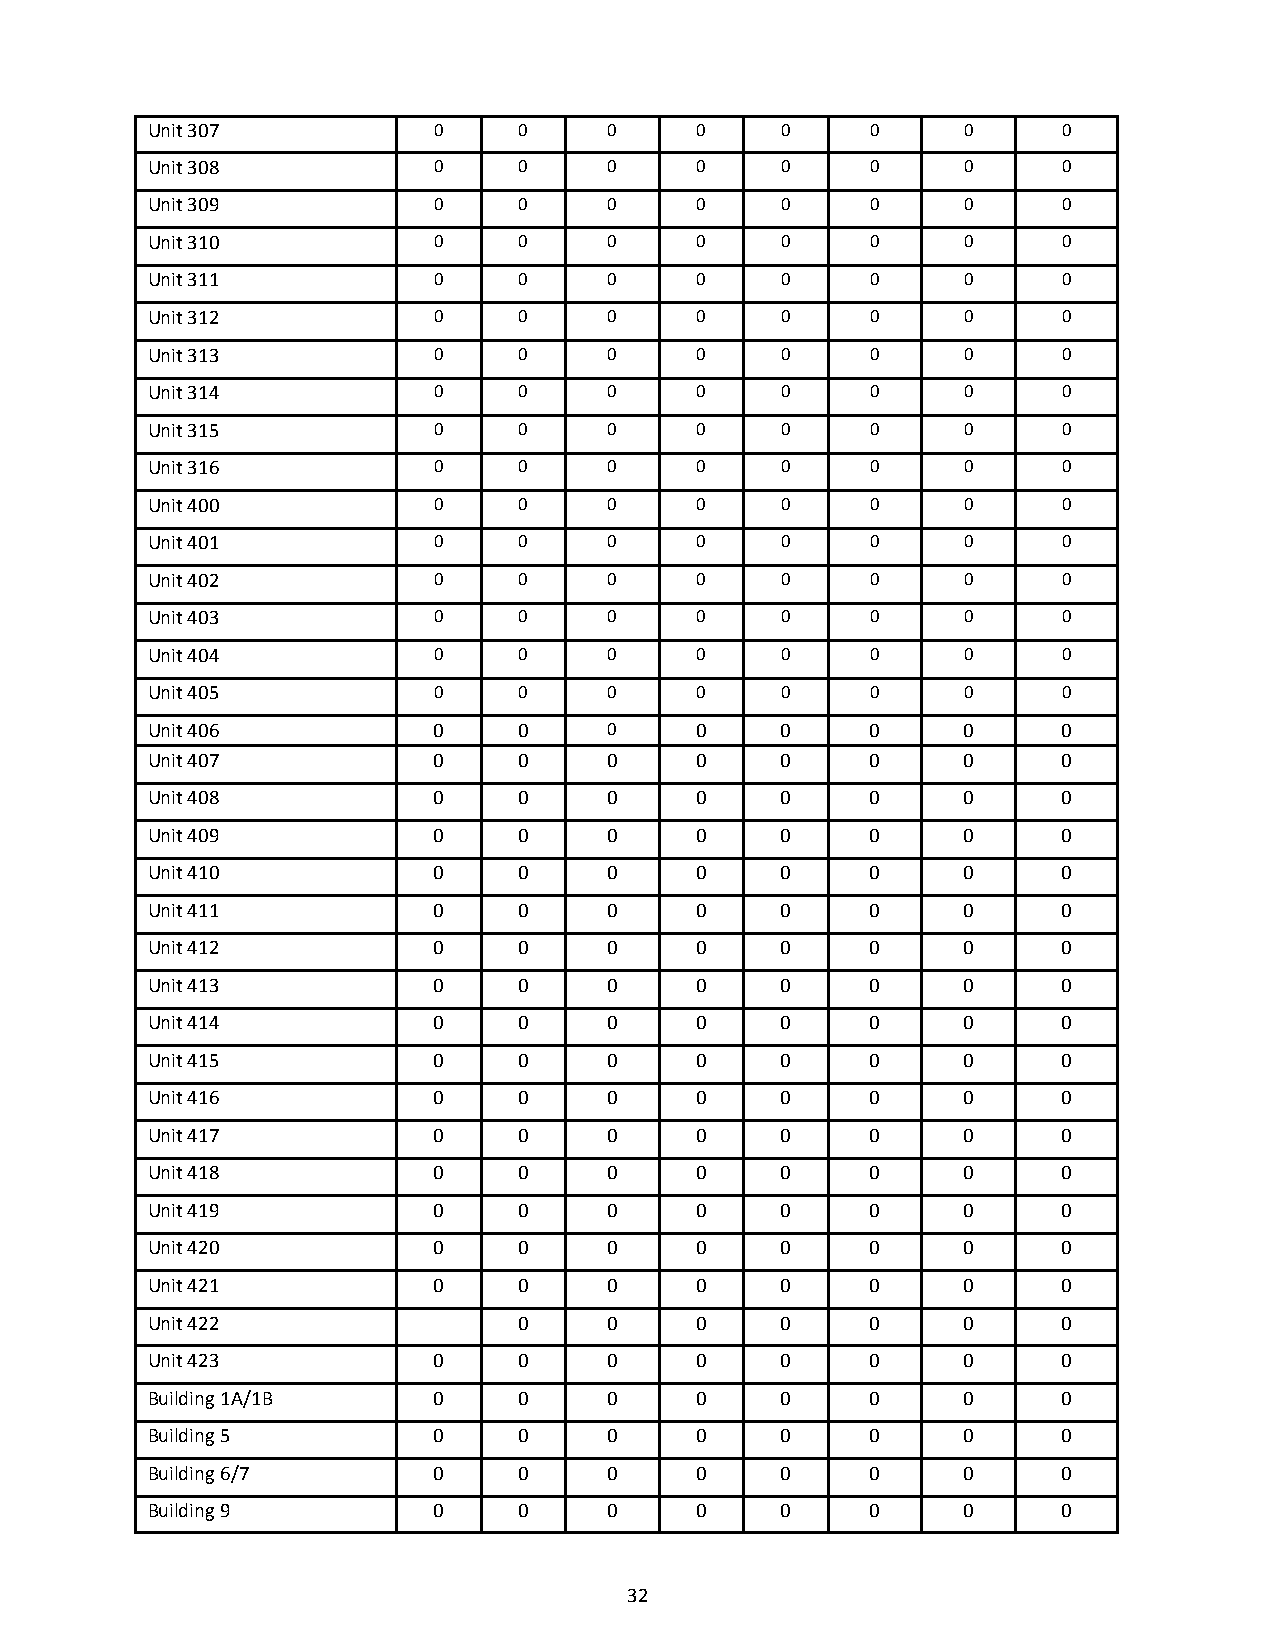
Unit 307           0    0     0     0     0     0     0     0
 Unit 308           0    0     0     0     0     0     0     0
 Unit 309           0    0     0     0     0     0     0     0
 Unit 310           0    0     0     0     0     0     0     0
 Unit 311           0    0     0     0     0     0     0     0
 Unit 312           0    0     0     0     0     0     0     0
 Unit 313           0    0     0     0     0     0     0     0
 Unit 314           0    0     0     0     0     0     0     0
 Unit 315           0    0     0     0     0     0     0     0
 Unit 316           0    0     0     0     0     0     0     0
 Unit 400           0    0     0     0     0     0     0     0
 Unit 401           0    0     0     0     0     0     0     0
 Unit 402           0    0     0     0     0     0     0     0
 Unit 403           0    0     0     0     0     0     0     0
 Unit 404           0    0     0     0     0     0     0     0
 Unit 405           0    0     0     0     0     0     0     0
 Unit 406           0    0     0     0     0     0     0     0
 Unit 407           0    0     0     0     0     0     0     0
 Unit 408           0    0     0     0     0     0     0     0
 Unit 409           0    0     0     0     0     0     0     0
 Unit 410           0    0     0     0     0     0     0     0
 Unit 411           0    0     0     0     0     0     0     0
 Unit 412           0    0     0     0     0     0     0     0
 Unit 413           0    0     0     0     0     0     0     0
 Unit 414           0    0     0     0     0     0     0     0
 Unit 415           0    0     0     0     0     0     0     0
 Unit 416           0    0     0     0     0     0     0     0
 Unit 417           0    0     0     0     0     0     0     0
 Unit 418           0    0     0     0     0     0     0     0
 Unit 419           0    0     0     0     0     0     0     0
 Unit 420           0    0     0     0     0     0     0     0
 Unit 421           0    0     0     0     0     0     0     0
 Unit 422                0     0     0     0     0     0     0
 Unit 423           0    0     0     0     0     0     0     0
 Building 1A/1B     0    0     0     0     0     0     0     0
 Building 5         0    0     0     0     0     0     0     0
 Building 6/7       0    0     0     0     0     0     0     0
 Building 9         0    0     0     0     0     0     0     0
 32